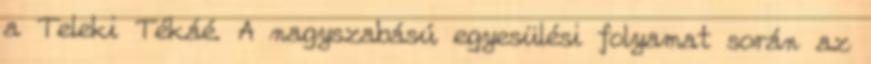
a Teleki Tékáé. A nagyszabású egyesülési folyamat során az